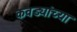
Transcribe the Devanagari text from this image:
कवड्यांच्‍या